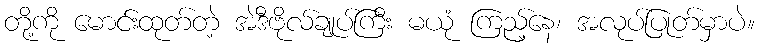
တို့ကို မောင်းထုတ်တဲ့ အဲဒီဗိုလ်ချုပ်ကြီး မယုံ ကြည့်နေ၊ အလုပ်ပြုတ်မှာပဲ။